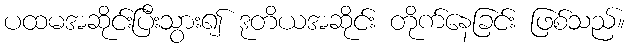
ပထမအဆိုင်းပြီးသွား၍ ဒုတိယအဆိုင်း တိုက်နေခြင်း ဖြစ်သည်။